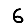
Digit: 6